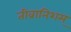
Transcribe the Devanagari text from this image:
तीव्रानिशम्‌